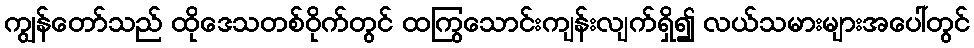
ကျွန်တော်သည် ထိုဒေသတစ်ဝိုက်တွင် ထကြွသောင်းကျန်းလျက်ရှိ၍ လယ်သမားများအပေါ်တွင်